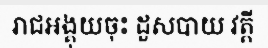
រាជអង្គុយចុះ ដួសបាយ វត្តី